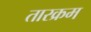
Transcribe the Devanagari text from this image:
तारक्रम